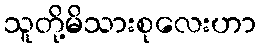
သူတို့မိသားစုလေးဟာ